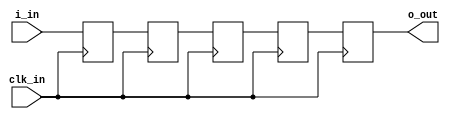
module gtwizard_ultrascale_v1_7_1_bit_synchronizer # (

  parameter INITIALIZE = 5'b00000,
  parameter FREQUENCY  = 512

)(

  input  wire clk_in,
  input  wire i_in,
  output wire o_out

);

  // Use 5 flip-flops as a single synchronizer, and tag each declaration with the appropriate synthesis attribute to
  // enable clustering. Their GSR default values are provided by the INITIALIZE parameter.

  (* ASYNC_REG = "TRUE" *) reg i_in_meta  = INITIALIZE[0];
  (* ASYNC_REG = "TRUE" *) reg i_in_sync1 = INITIALIZE[1];
  (* ASYNC_REG = "TRUE" *) reg i_in_sync2 = INITIALIZE[2];
  (* ASYNC_REG = "TRUE" *) reg i_in_sync3 = INITIALIZE[3];
                           reg i_in_out   = INITIALIZE[4];

  always @(posedge clk_in) begin
    i_in_meta  <= i_in;
    i_in_sync1 <= i_in_meta;
    i_in_sync2 <= i_in_sync1;
    i_in_sync3 <= i_in_sync2;
    i_in_out   <= i_in_sync3;
  end

  assign o_out = i_in_out;


endmodule